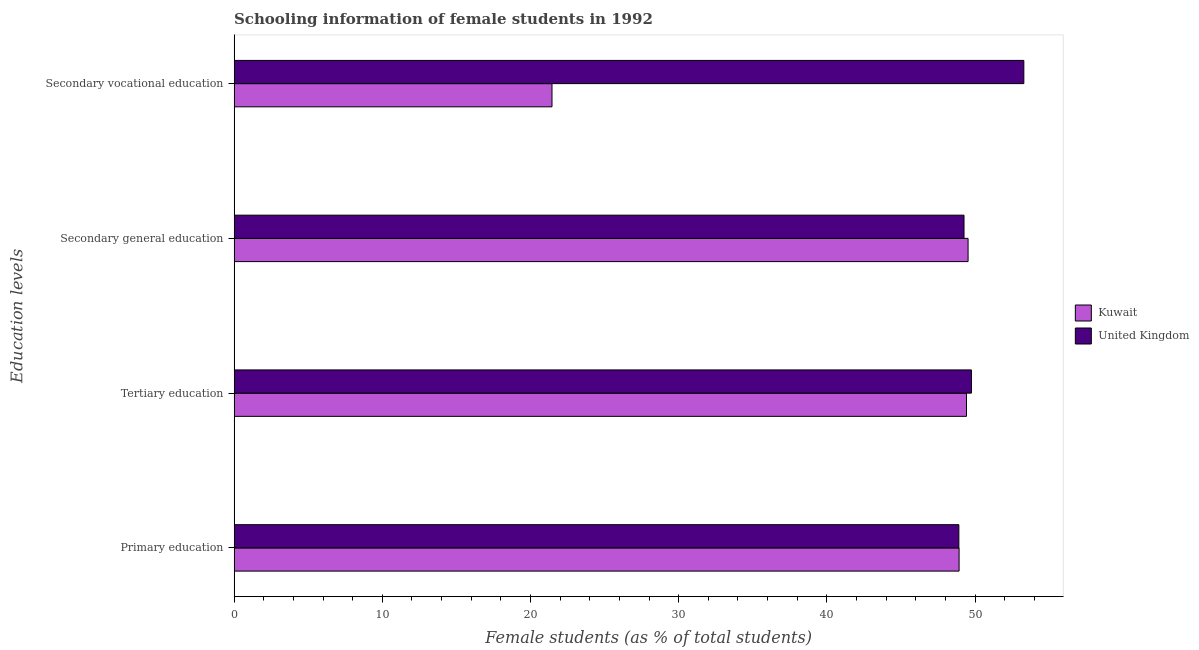
| Education levels | Kuwait | United Kingdom |
 | --- | --- | --- |
 | Primary education | 48.9 | 48.9 |
 | Tertiary education | 49.4 | 49.8 |
 | Secondary general education | 49.5 | 49.3 |
 | Secondary vocational education | 21.5 | 53.3 |